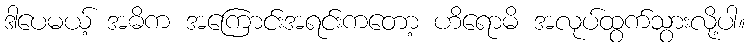
ဒါပေမယ့် အဓိက အကြောင်းအရင်းကတော့ ဟိရောမိ အလုပ်ထွက်သွားလို့ပါ။